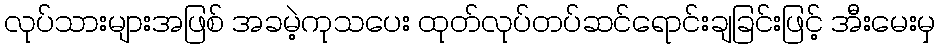
လုပ်သားများအဖြစ် အခမဲ့ကုသပေး ထုတ်လုပ်တပ်ဆင်ရောင်းချခြင်းဖြင့် အီးမေးမှ